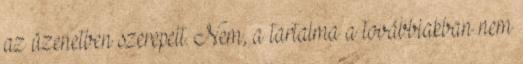
az üzenetben szerepelt. Nem, a tartalma a továbbiakban nem